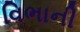
વિભાની